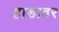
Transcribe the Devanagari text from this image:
हाडावर